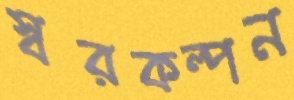
স্বরকল্পন